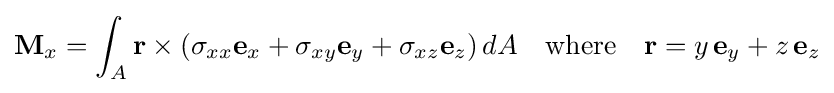
\mathbf {M} _{x}=\int _{A}\mathbf {r} \times (\sigma _{xx}\mathbf {e} _{x}+\sigma _{xy}\mathbf {e} _{y}+\sigma _{xz}\mathbf {e} _{z})\,dA\quad {\text{where}}\quad \mathbf {r} =y\,\mathbf {e} _{y}+z\,\mathbf {e} _{z}